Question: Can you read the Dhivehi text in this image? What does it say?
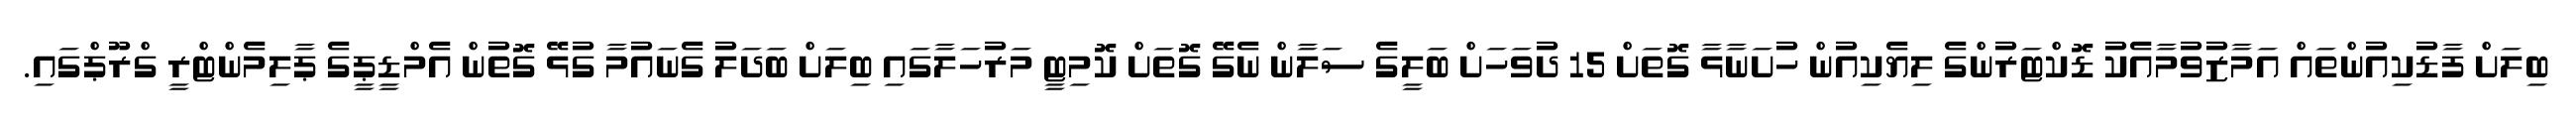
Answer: ބިލަށް ފާޑުކިއުންތައް އަމާޒުވުމާއެކު ޑޮކްޓަރުންގެ ލިޔެކިއުން ހުށަނާޅާ ގޮތަށް 15 ދުވަހަށް ބަލީގެ ސަލާން ނެގޭ ގޮތަށް ކޮމިޓީ މަރުހަލާގައި ބިލަށް ބަދަލު ގެނައުމާ ގުޅޭ ގޮތުން އެމްޑީޕީގެ ޕާލިމެންޓްރީ ގްރޫޕްގައި.